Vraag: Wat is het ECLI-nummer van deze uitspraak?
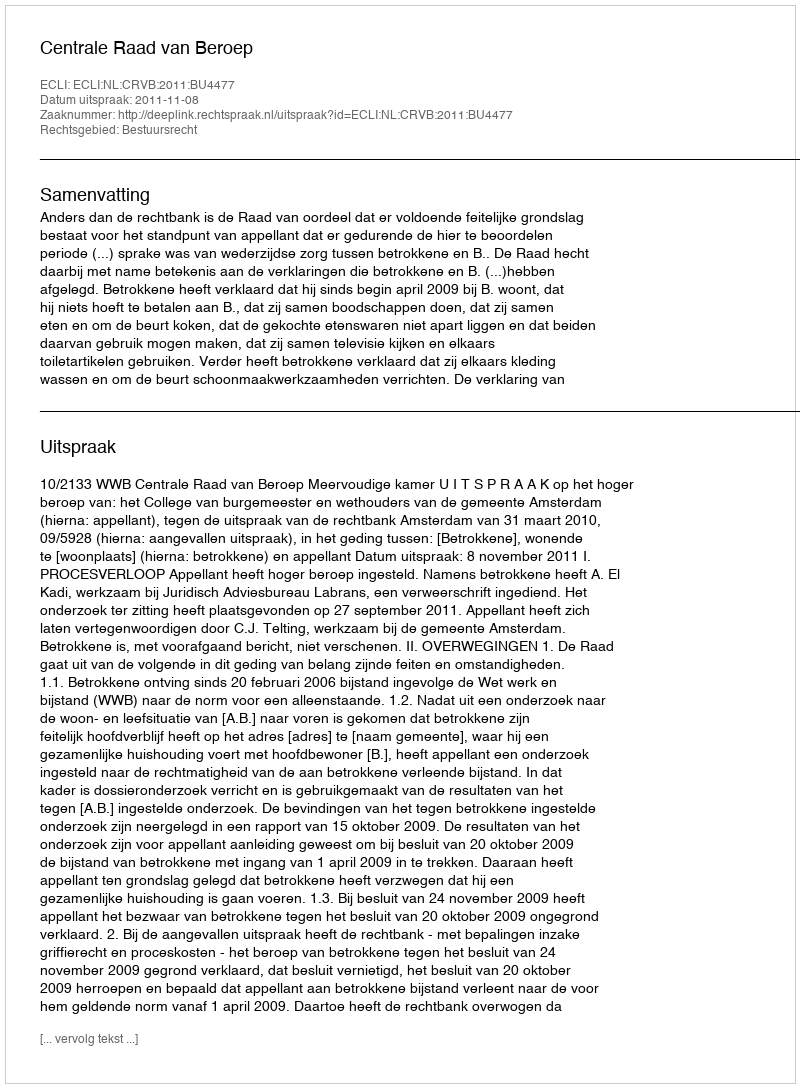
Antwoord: ECLI:NL:CRVB:2011:BU4477